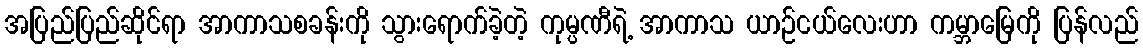
အပြည်ပြည်ဆိုင်ရာ အာကာသစခန်းကို သွားရောက်ခဲ့တဲ့ ကုမ္ပဏီရဲ့ အာကာသ ယာဉ်ငယ်လေးဟာ ကမ္ဘာမြေကို ပြန်လည်